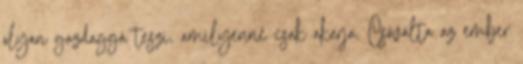
olyan gazdaggá teszi, amilyenné csak akarja. Csóválta az ember